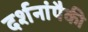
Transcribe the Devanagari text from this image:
दर्शनांपैकी